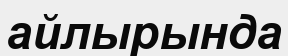
айлырында